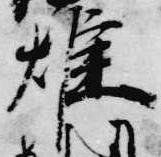
雄